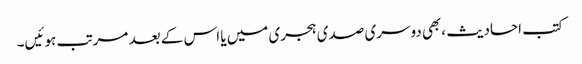
کتب احادیث ،بھی دوسری صدی ہجری میں یا اس کے بعد مرتب ہوئیں۔